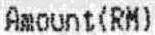
AMOUNT(RM)